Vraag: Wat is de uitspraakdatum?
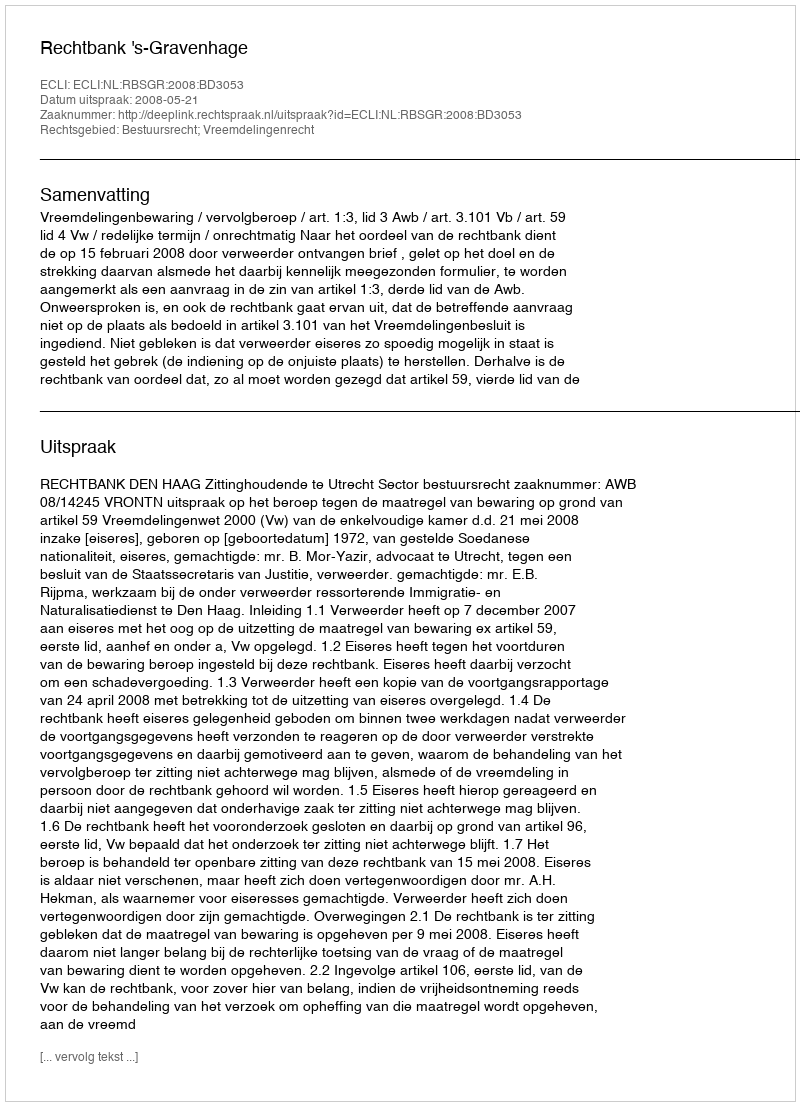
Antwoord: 2008-05-21